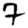
Digit: 7